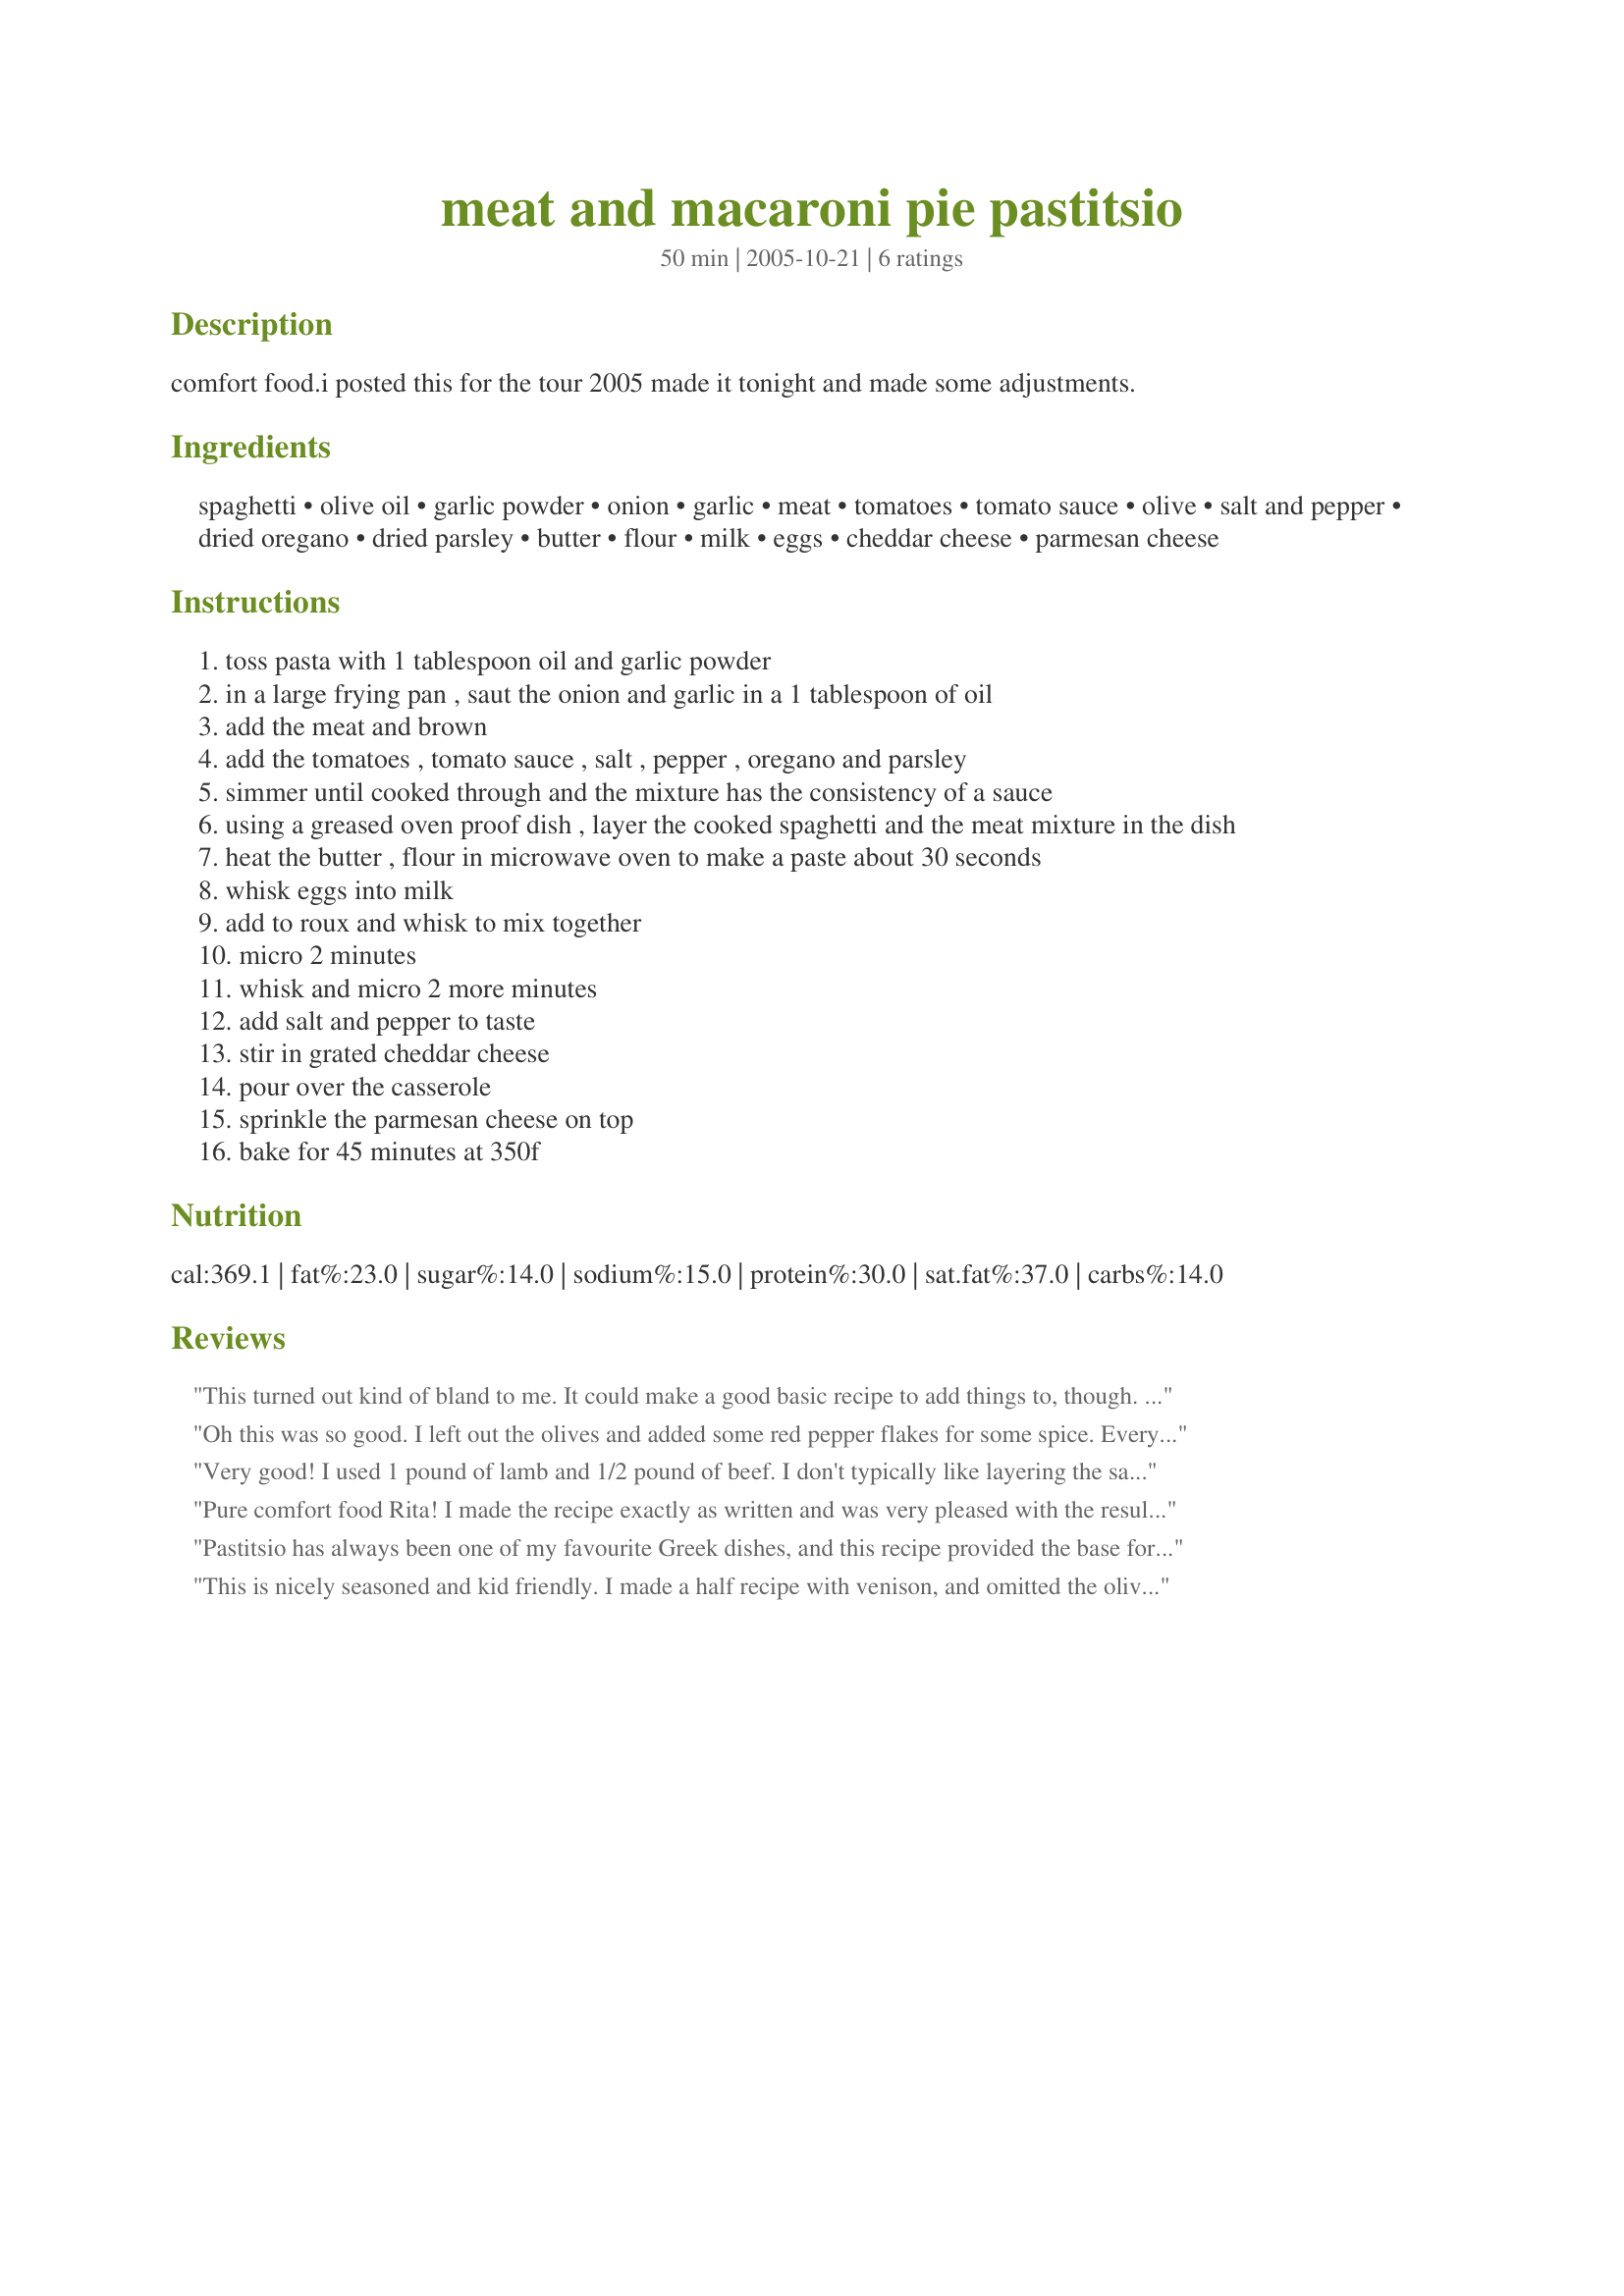
meat and macaroni pie pastitsio
Preparation time: 50 minutes

comfort food.i posted this for the tour 2005 made it tonight and made some adjustments.

Ingredients:
spaghetti, olive oil, garlic powder, onion, garlic, meat, tomatoes, tomato sauce, olive, salt and pepper, dried oregano, dried parsley, butter, flour, milk, eggs, cheddar cheese, parmesan cheese

Steps:
toss pasta with 1 tablespoon oil and garlic powder
in a large frying pan , saut the onion and garlic in a 1 tablespoon of oil
add the meat and brown
add the tomatoes , tomato sauce , salt , pepper , oregano and parsley
simmer until cooked through and the mixture has the consistency of a sauce
using a greased oven proof dish , layer the cooked spaghetti and the meat mixture in the dish
heat the butter , flour in microwave oven to make a paste about 30 seconds
whisk eggs into milk
add to roux and whisk to mix together
micro 2 minutes
whisk and micro 2 more minutes
add salt and pepper to taste
stir in grated cheddar cheese
pour over the casserole
sprinkle the parmesan cheese on top
bake for 45 minutes at 350f

Reviews:
This turned out kind of bland to me. It could make a good basic recipe to add things to, though.
EDITED TO ADD:
The changes you have made to this recipe look good. I will try it again and re-review it.
Oh this was so good. I left out the olives and added some red pepper flakes for some spice. Everyone enjoyed it, though I did get a suggestion to add more tomato sauce next time; I think we're just used to saucy pastas. Other than that though, it was great! I really loved the cream sauce; that definitely made it for me. It was a really nice balance of flavours. Thanks!
Very good! I used 1 pound of lamb and 1/2 pound of beef. I don't typically like layering the sauce and meat in this type of dish, so I combined the meat sauce with the pasta, then topped with the white sauce. I used kalamata olives, fresh parsley from the garden, and added some nutmeg to the white sauce. I was a bit skeptical of making the sauce in the microwave, but was pleasantly surprised by the result! I would definitely make this again. Made for ZWT6.
Pure comfort food Rita! 
I made the recipe exactly as written and was very pleased with the results. This is very easy to put together as well. Thanks for a nice dinner recipe!
Pastitsio has always been one of my favourite Greek dishes, and this recipe provided the base for how I like it. I made the pastitsio with lamb and for the tomatoes and tomato sauce, I used Evelyn's Fried Red Tomatoes Recipe #121041, which I always have in the freezer for when I’m making pasta dishes with tomato sauces. I wanted to increase the overall vegetable: meat ratio, so I close to doubled the quantity of tomatoes, added 1 red capsicum, cut into strips, 1 sliced zucchini and 2 cups of sliced mushrooms. I used Orecchiette instead of the spaghetti or ziti and I used kalamata olives. This created a fabulous blend of flavours. It also smelt wonderful while it was cooking. Always an added bonus! Everyone loved this, and there are several more meals in the freezer - always very satisfying! Thank you for sharing this recipe, Rita! It was a while since I’d made pastitsio, and I really enjoyed making this.
This is nicely seasoned and kid friendly. I made a half recipe with venison, and omitted the olives. It also baked in less than 30 minutes. The only thing I'd change would be to double the cheese sauce and put it in a larger baking dish so the cheese is more evenly distributed. The hubby liked this one, thanks!
